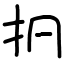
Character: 㧇